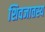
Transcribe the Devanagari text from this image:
शिवजातस्य